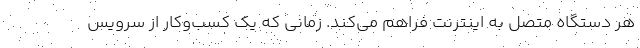
هر دستگاه متصل به اینترنت فراهم می‌کند. زمانی که یک کسب‌وکار از سرویس